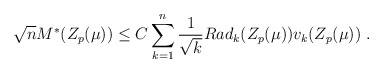
\begin{align*} \sqrt{n} M^*(Z_p(\mu)) \leq C \sum_{k=1}^n \frac{1}{\sqrt{k}} Rad_k(Z_p(\mu)) v_k(Z_p(\mu)) ~.\end{align*}